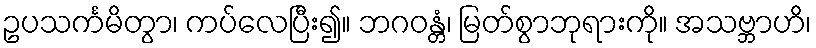
ဥပသင်္ကမိတွာ၊ ကပ်လေပြီး၍။ ဘဂဝန္တံ၊ မြတ်စွာဘုရားကို။ အသဗ္ဘာဟိ၊